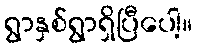
ရွာနှစ်ရွာရှိပြီပေါ့။